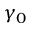
\gamma _ { 0 }